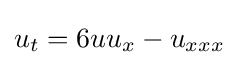
u_{t}=6uu_{x}-u_{xxx}